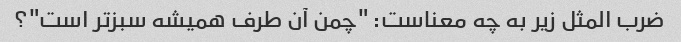
ضرب المثل زیر به چه معناست: "چمن آن طرف همیشه سبزتر است"؟